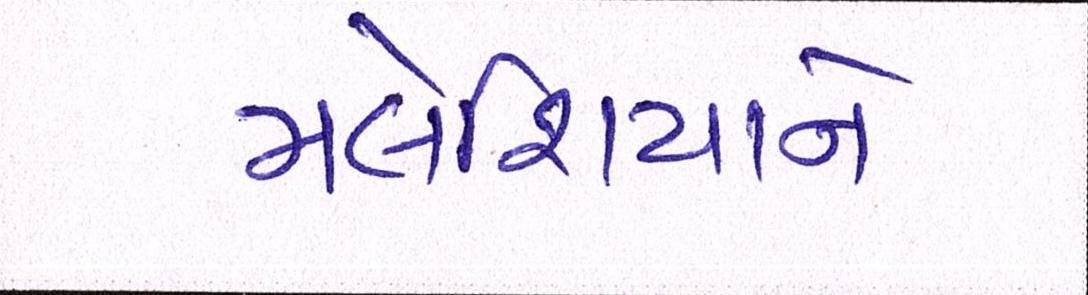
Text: મલેશિયાને